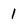
Character: 1